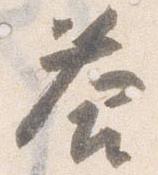
答